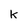
Character: k